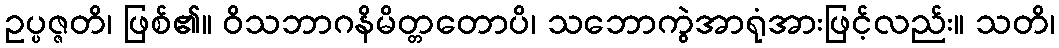
ဥပ္ပဇ္ဇတိ၊ ဖြစ်၏။ ဝိသဘာဂနိမိတ္တတောပိ၊ သဘောကွဲအာရုံအားဖြင့်လည်း။ သတိ၊